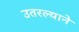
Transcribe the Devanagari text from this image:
उतरल्याने